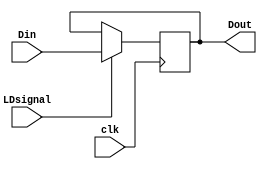
module Register(
	input wire clk,
	input wire LDsignal,
	input wire [17:0] Din,
	output wire [17:0] Dout
	);
	
	reg [17:0] d;
	assign Dout = d;
	
	always @(posedge clk) begin
		if (LDsignal) d<=Din;
	end
endmodule